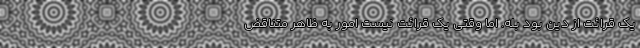
یک قرائت از دین بود بله. اما وقتی یک قرائت نیست امور به ظاهر متناقض